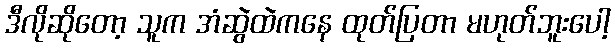
ဒီလိုဆိုတော့ သူက အံဆွဲထဲကနေ ထုတ်ပြတာ မဟုတ်ဘူးပေါ့